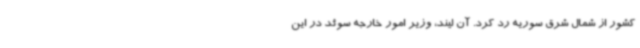
کشور از شمال شرق سوریه رد کرد. آن لیند، وزیر امور خارجه سوئد در این